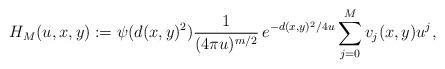
LaTeX: \begin{align*} H_M(u, x, y):= \psi(d(x,y)^2) \frac{1}{(4 \pi u)^{m/2}}\, e^{-d(x,y)^2/4u} \sum_{j = 0}^{M}v_j(x, y) u^j, \end{align*}